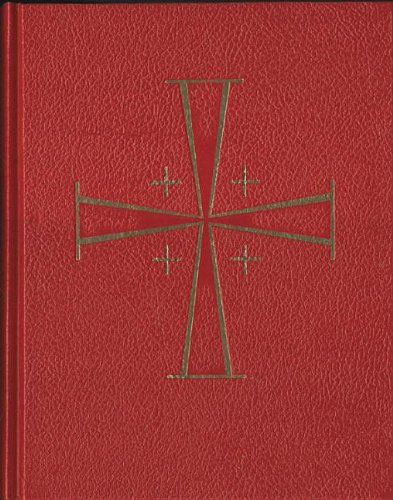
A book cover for Lectionary for Masses with Children; Catholic Book Publishing Co; Christian Books & Bibles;